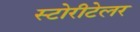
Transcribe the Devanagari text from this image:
स्टोरीटेलर